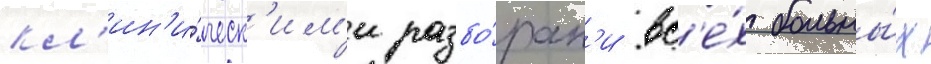
кл'ин'и́ческ'им'и разбо́рам'и вс'е́х больны́х